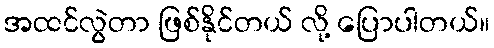
အထင်လွဲတာ ဖြစ်နိုင်တယ် လို့ ပြောပါတယ်။